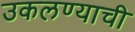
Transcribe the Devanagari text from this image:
उकलण्याची